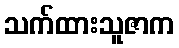
သက်ထားသူဇာက